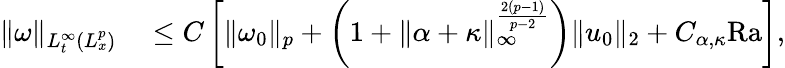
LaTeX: \begin{array}{rl}{\| \omega\| _{L_{t}^{\infty}(L_{x}^{p})}}&{{}\leq C\left[\| \omega_{0}\| _{p}+\left(1+\| \alpha+\kappa\| _{\infty}^{\frac{2(p-1)}{p-2}}\right)\| u_{0}\| _{2}+C_{\alpha,\kappa}\mathrm{{Ra}}\right],}\end{array}